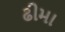
ઢીમા